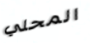
المحلي